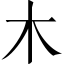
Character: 木